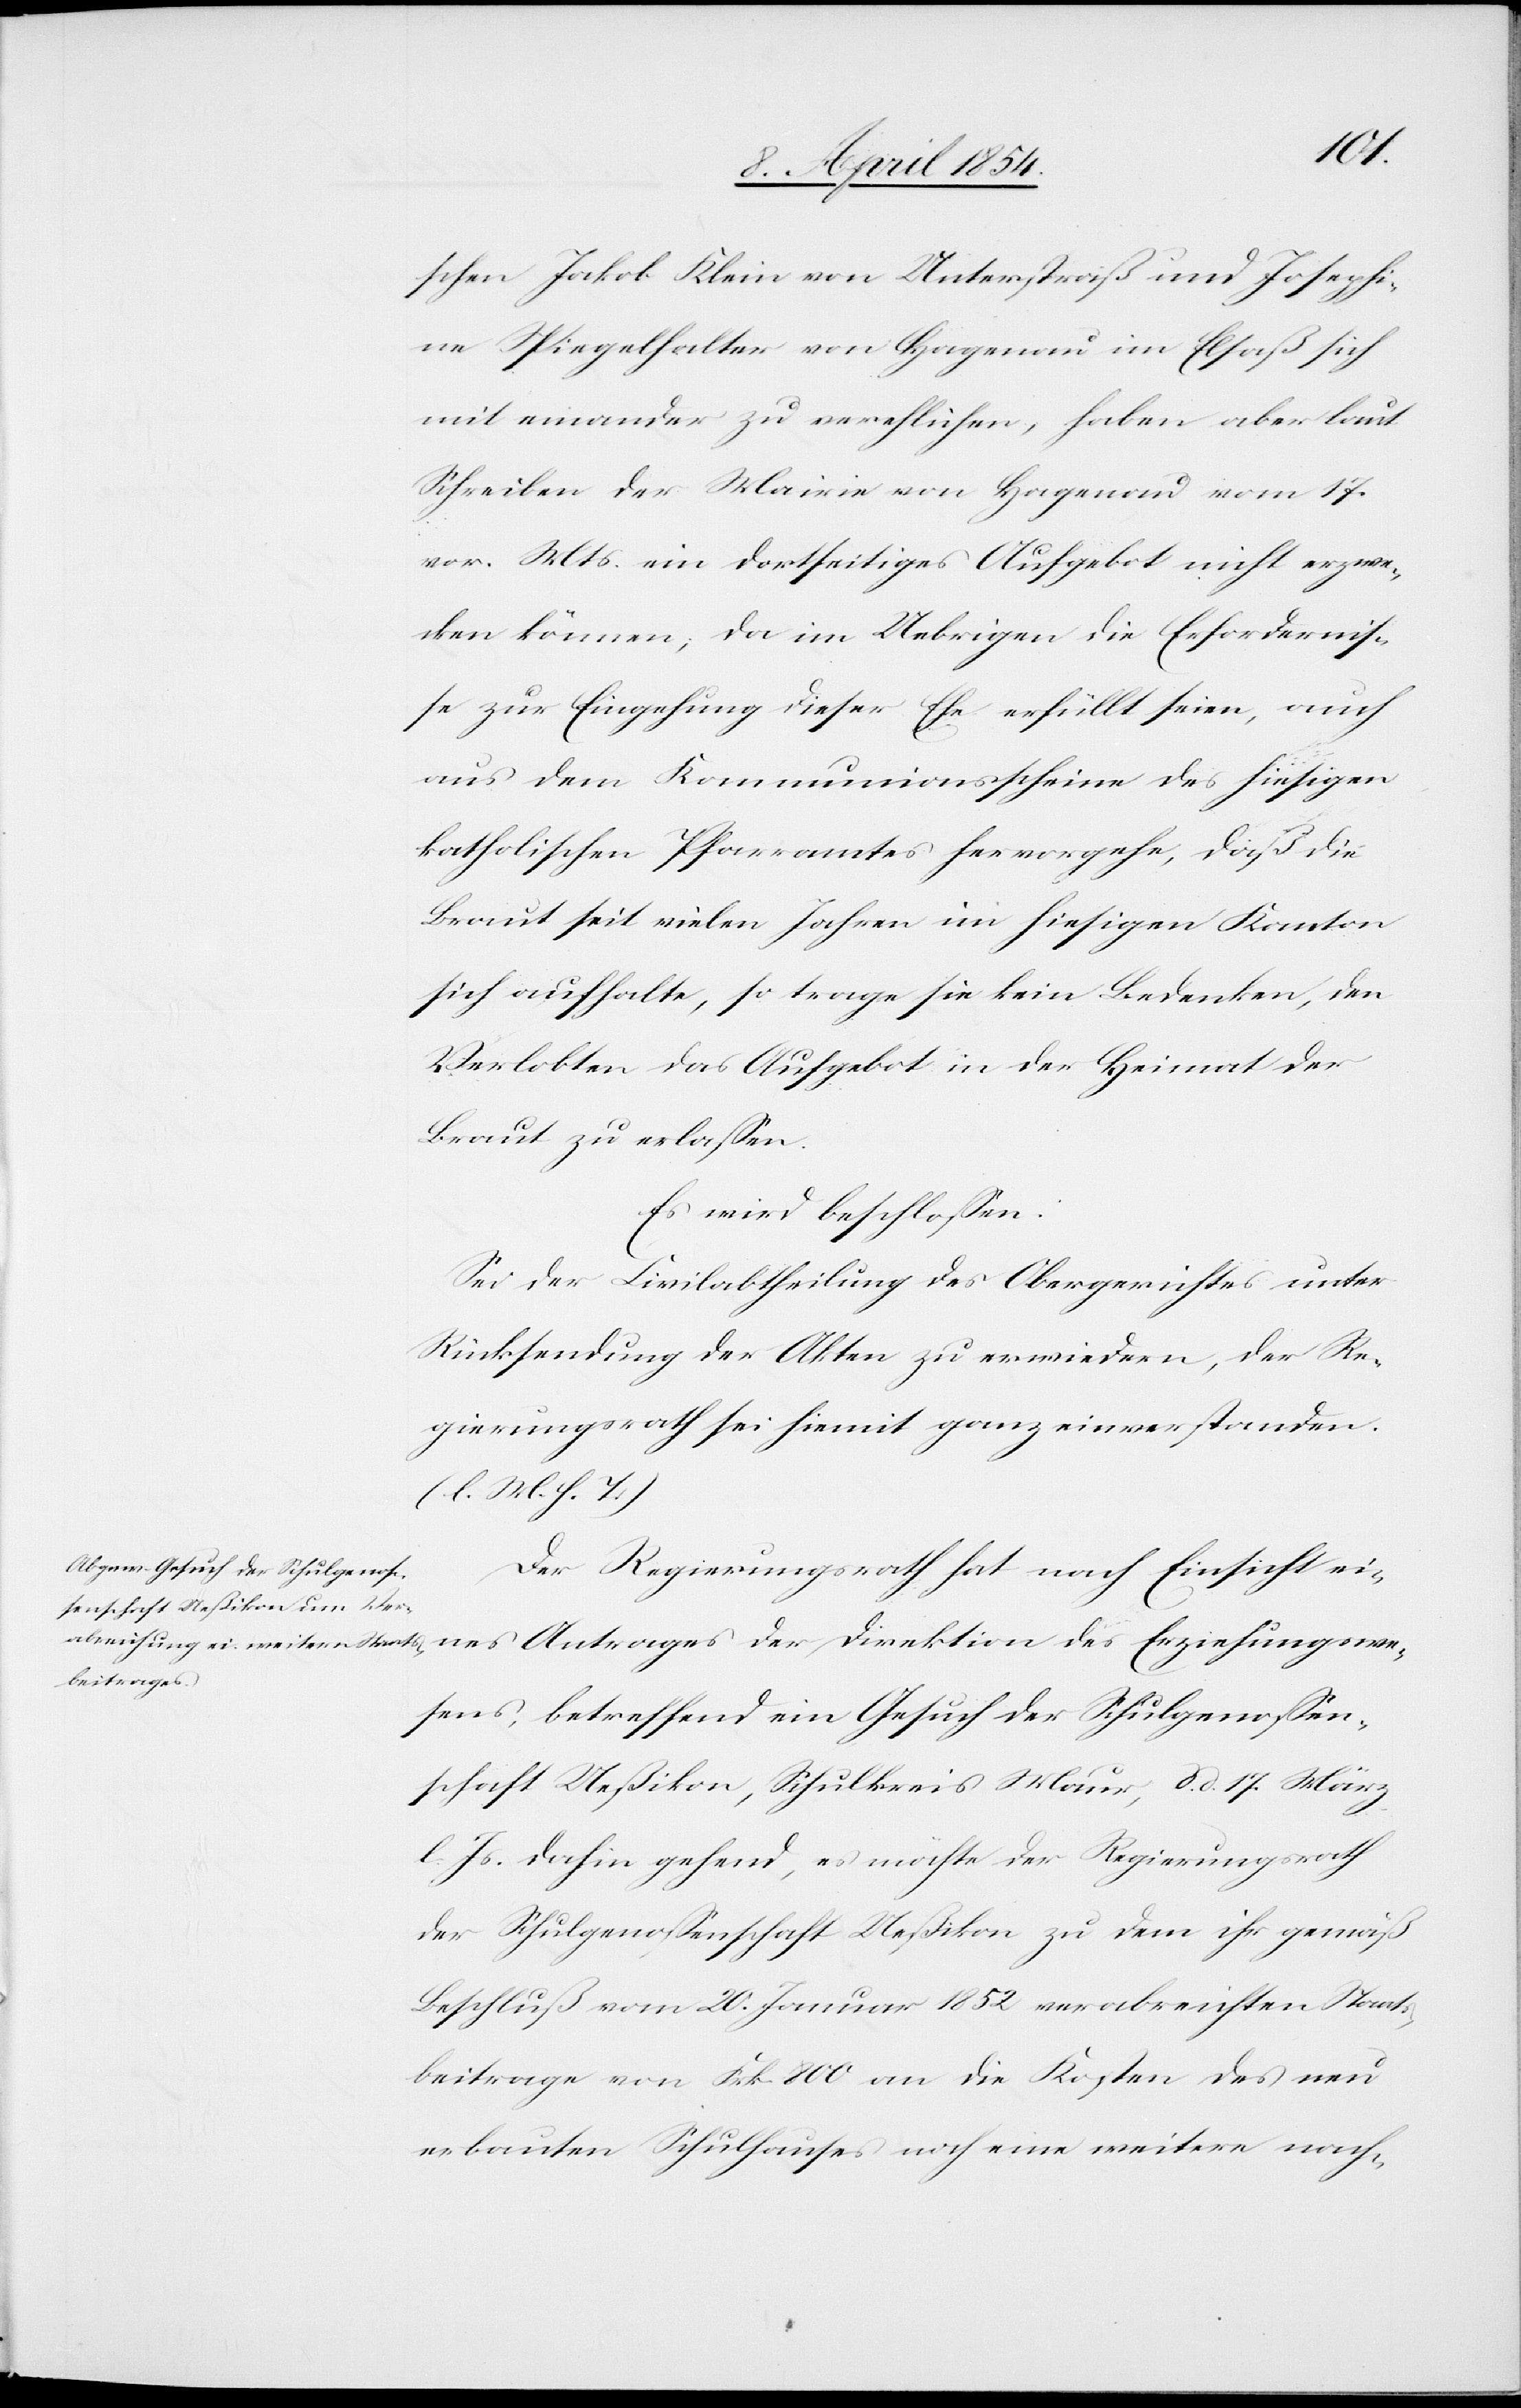
schen Jakob Klein von Unterstraß und Josephi¬
ne Spiegelhalter von Hagenau im Elsaß sich
mit einander zu verehelichen, haben aber laut
Schreiben der Mairie von Hagenau vom 17.
vor. Mts. ein dortseitiges Aufgebot nicht erzwe¬
cken können; da im Uebrigen die Erfordernis¬
se zur Eingehung dieser Ehe erfüllt seien, auch
aus dem Kommunionsscheine des hiesigen
katholischen Pfarramtes hervorgehe, daß die
Braut seit vielen Jahren im hiesigen Kanton
sich aufhalte, so trage sie kein Bedenken, den
Verlobten das Aufgebot in der Heimat der
Braut zu erlaßen.
Es wird beschloßen:
Sei der Civilabtheilung des Obergerichtes unter
Rücksendung der Akten zu erwiedern, der Re¬
gierungsrath sei hiemit ganz einverstanden.
(l. M. h. T.)
Der Regierungsrath hat nach Einsicht eines
Erziehungsw¬
esens, betreffend ein Gesuch der Schulgenoßen¬
schaft Ueßikon, Schulkreis Maur, d. d. 17. März
l. Js. dahin gehend, es möchte der Regierungsrath
der Schulgenoßenschaft Ueßikon zu dem ihr gemäß
Beschluß vom 20. Januar 1852 verabreichten Staats¬
beitrage von Frk. 800 an die Kosten des neu
erbauten Schulhauses noch eine weitere nach-